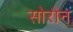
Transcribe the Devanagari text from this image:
सोरोन